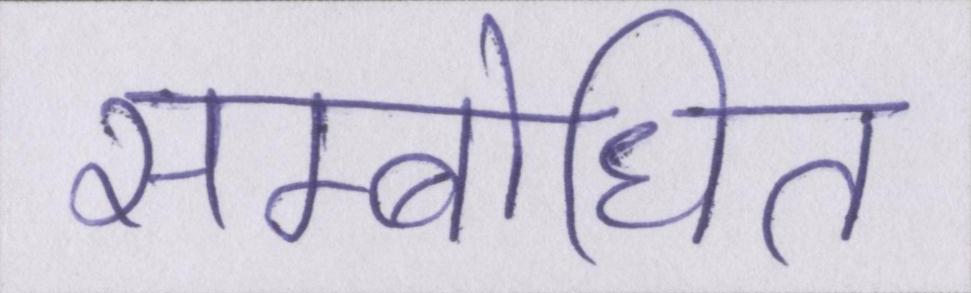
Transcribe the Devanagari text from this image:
सम्बोधित